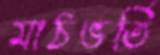
মাঠভর্তি